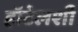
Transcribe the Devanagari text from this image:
हॉटेलशी